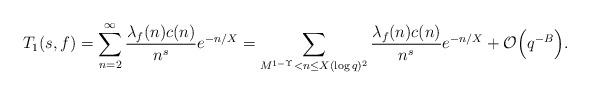
LaTeX: \begin{align*} T_1(s,f) & = \sum_{n=2}^{\infty} \frac{\lambda_f(n)c(n)}{n^s} e^{-n/X} = \sum_{M^{1-\Upsilon}<n\leq X(\log q)^2} \frac{\lambda_f(n)c(n)}{n^s} e^{-n/X} + \mathcal{O}\Big(q^{-B}\Big). \end{align*}